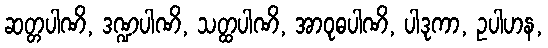
ဆတ္တပါဏိ, ဒဏ္ဍပါဏိ, သတ္ထပါဏိ, အာဝုဓပါဏိ, ပါဒုကာ, ဥပါဟန,